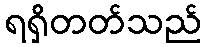
ရရှိတတ်သည်